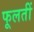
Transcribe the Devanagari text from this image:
फूलतीं